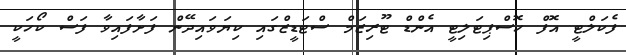
ފެކަލްޓީ އޮފް ހޮސްޕިޓަލިޓީ އެންޑް ޓޫރިޒަމް ސްޓަޑީޒްގައި ކިޔަވައިދޭން ފަށާފައިވާ ފަސް ކޯހަކީ